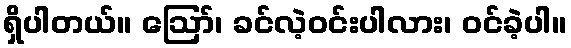
ရှိပါတယ်။ ဪ၊ ခင်လဲ့ဝင်းပါလား၊ ဝင်ခဲ့ပါ။